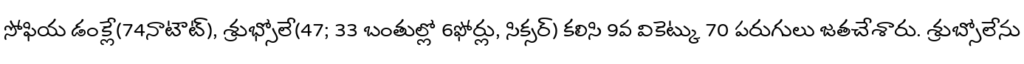
సోఫియ డంక్లే(74నాటౌట్), శ్రుభ్సోలే(47; 33 బంతుల్లో 6ఫోర్లు, సిక్సర్) కలిసి 9వ వికెట్కు 70 పరుగులు జతచేశారు. శ్రుబ్సోలేను